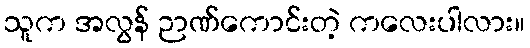
သူက အလွန် ဉာဏ်ကောင်းတဲ့ ကလေးပါလား။